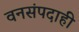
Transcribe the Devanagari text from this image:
वनसंपदाही